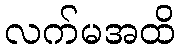
လက်မအထိ